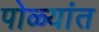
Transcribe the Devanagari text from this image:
पोळ्यांत